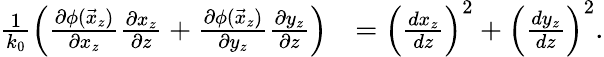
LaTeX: \begin{array}{rl}{\frac{1}{k_{0}}\left(\frac{\partial\phi(\vec{x}_{z})}{\partial x_{z}}\frac{\partial x_{z}}{\partial z}+\frac{\partial\phi(\vec{x}_{z})}{\partial y_{z}}\frac{\partial y_{z}}{\partial z}\right)}&{=\left(\frac{dx_{z}}{dz}\right)^{2}+\left(\frac{dy_{z}}{dz}\right)^{2}.}\end{array}